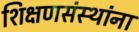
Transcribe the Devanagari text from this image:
शिक्षणसंस्थांना